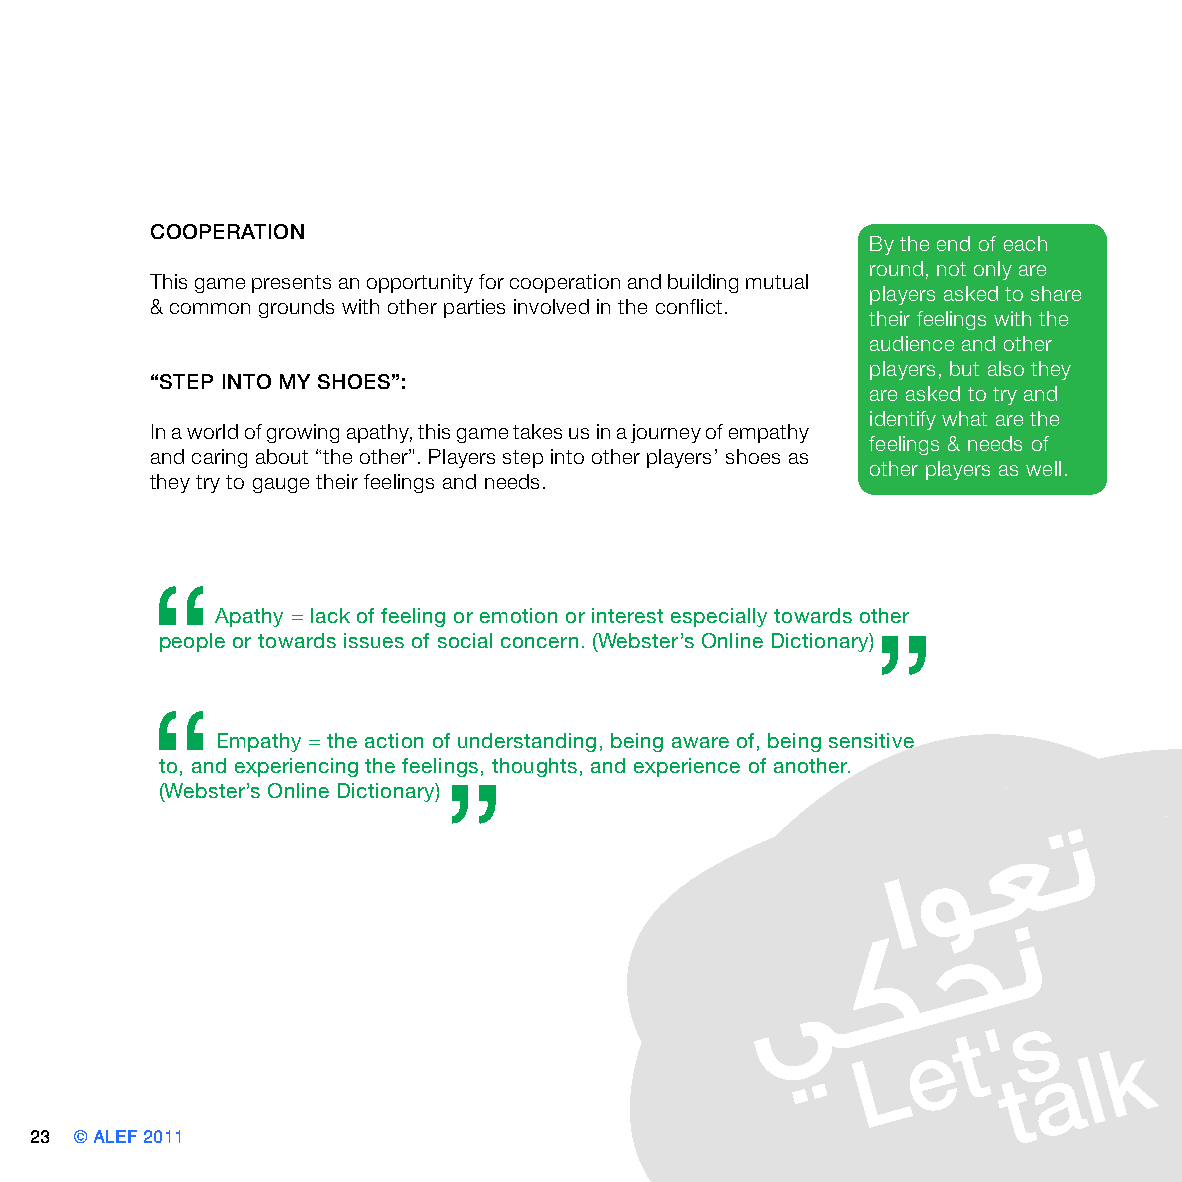
COOPERATION
 By the end of each
 round, not only are
 This game presents an opportunity for cooperation and building mutual
 players asked to share
 & common grounds with other parties involved in the conflict.
 their feelings with the
 audience and other
 players, but also they
 “STEP INTO MY SHOES”:
 are asked to try and
 identify what are the
 In a world of growing apathy, this game takes us in a journey of empathy
 feelings & needs of
 and caring about “the other”. Players step into other players’ shoes as
 other players as well.
 they try to gauge their feelings and needs.
 “
 Apathy = lack of feeling or emotion or interest especially towards other
 ”
 people or towards issues of social concern. (Webster’s Online Dictionary)
 “
 Empathy = the action of understanding, being aware of, being sensitive
 to, and experiencing the feelings, thoughts, and experience of another.
 ”
 (Webster’s Online Dictionary)
 23 © ALEF 2011